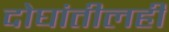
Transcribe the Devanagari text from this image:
दोघांतीलही